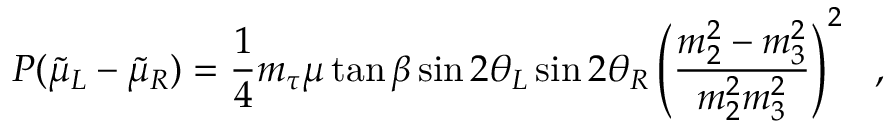
P ( \tilde { \mu } _ { L } - \tilde { \mu } _ { R } ) = \frac { 1 } { 4 } m _ { \tau } \mu \tan \beta \sin 2 \theta _ { L } \sin 2 \theta _ { R } \left( \frac { m _ { 2 } ^ { 2 } - m _ { 3 } ^ { 2 } } { m _ { 2 } ^ { 2 } m _ { 3 } ^ { 2 } } \right) ^ { 2 } \ \ ,